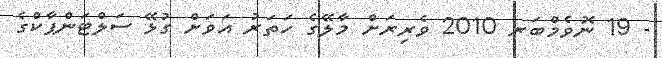
- 19 ނޮވެމްބަރ 2010 ވެރިރަށް މާލޭގެ ހަތަރު އަވަށް ގުޅޭ ސަލްޓަންޕާކްގެ